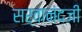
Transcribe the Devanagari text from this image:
सर्वानंदजी